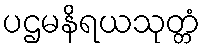
ပဌမနိရယသုတ္တံ